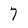
Character: 7